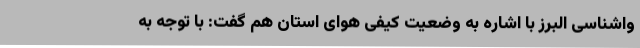
واشناسی البرز با اشاره به وضعیت کیفی هوای استان هم گفت: با توجه به